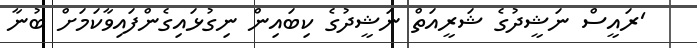
'ރައީސް ނަޝީދުގެ ޝަރީއަތް ނަޝީދުގެ ކިބައިން ނިގުޅައިގެންފައިވާކަމަށް ބުނާ